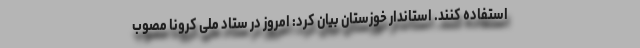
استفاده کنند. استاندار خوزستان بیان کرد: امروز در ستاد ملی کرونا مصوب